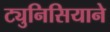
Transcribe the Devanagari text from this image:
ट्युनिसियाने